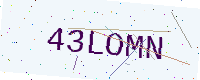
Text: 43LOMN